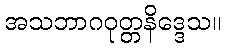
အသဘာဂဝုတ္တနိဒ္ဒေသ။